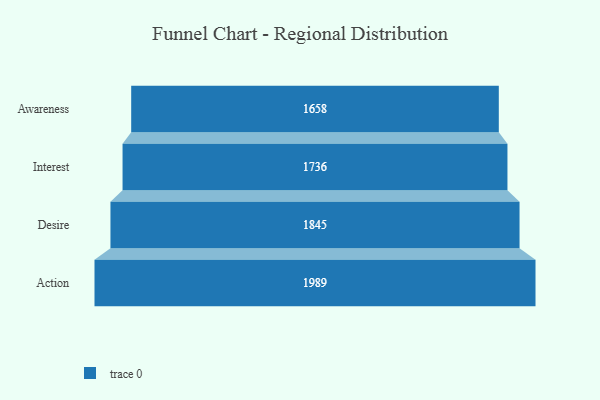
{"axis": {"x": "Stage", "y": "Value"}, "legend": [""], "data": [{"x": "Awareness", "y": 1658.0, "type": ""}, {"x": "Interest", "y": 1736.0, "type": ""}, {"x": "Desire", "y": 1845.0, "type": ""}, {"x": "Action", "y": 1989.0, "type": ""}]}